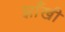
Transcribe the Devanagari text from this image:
झाँखी